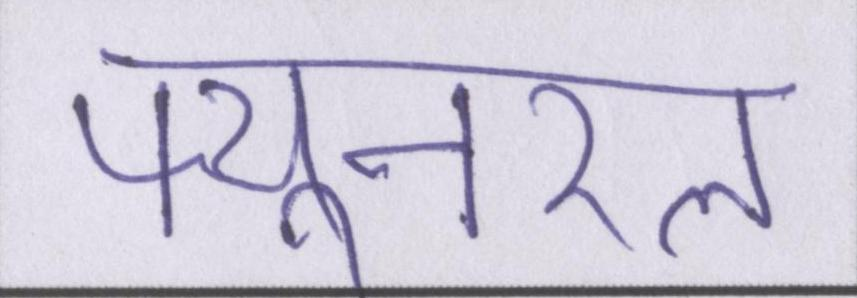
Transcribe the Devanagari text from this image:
फ्यूनरल